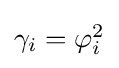
{\textstyle \gamma _{i}=\varphi _{i}^{2}}